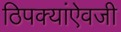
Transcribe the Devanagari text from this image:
ठिपक्यांऐवजी